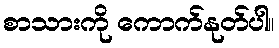
စာသားကို ကောက်နုတ်ပါ။